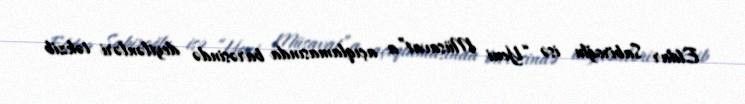
Eldar Sabiroğlu isə “Yeni Müsavat”a açıqlamasında barəsində deyilənləri təkzib